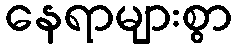
နေရာများစွာ